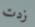
زدت